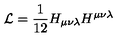
{ \cal { L } } = \frac { 1 } { 1 2 } H _ { \mu \nu \lambda } H ^ { \mu \nu \lambda }